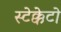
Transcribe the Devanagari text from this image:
स्टेक्केटो